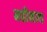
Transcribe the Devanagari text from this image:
महीनाथ